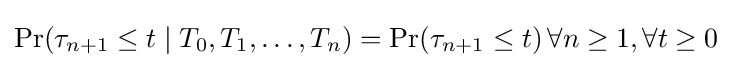
\Pr(\tau _{n+1}\leq t\mid T_{0},T_{1},\ldots ,T_{n})=\Pr(\tau _{n+1}\leq t)\,\forall n\geq 1,\forall t\geq 0